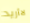
لاأريد